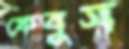
ফেবুস